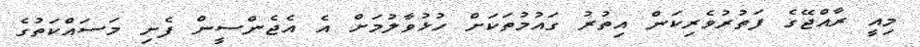
މިއީ ރާއްޖޭގެ ފަތުރުވެރިކަން އިތުރު ގައުމުތަކަށް ހުޅުވާލުމަށް އެ އެޖެންސީން ފެށި މަސައްކަތުގެ